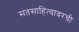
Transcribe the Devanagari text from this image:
संतसाहित्यावरची